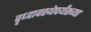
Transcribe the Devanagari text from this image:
वृध्दावस्थेपर्यंतच्या